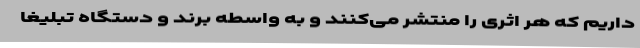
داریم که هر اثری را منتشر می‌کنند و به واسطه برند و دستگاه تبلیغا